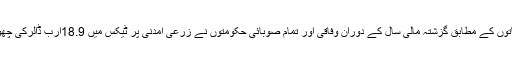
ایف بی آرکے کھاتوں کے مطابق گزشتہ مالی سال کے دوران وفاقی اور تمام صوبائی حکومتوں نے زرعی آمدنی پر ٹیکس میں 18.9ارب ڈالرکی چھوٹ بھی دے ڈالی۔